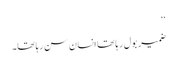
‘‘
ضمیر بول رہا تھا انسان سن رہا تھا۔